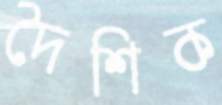
দৈশিক